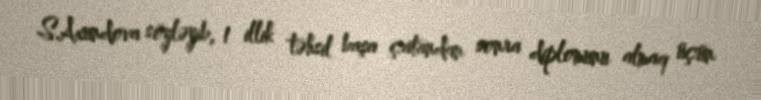
S.Axundova söyləyib, 1 illik təhsil başa çatandan sonra diplomunu almaq üçün